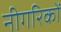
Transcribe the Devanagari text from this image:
नीगरिकों